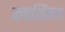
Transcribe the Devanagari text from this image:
ब्लाथिंग्ज